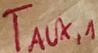
Text: TAUX,1